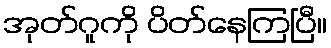
အုတ်ဂူကို ပိတ်နေကြပြီ။